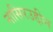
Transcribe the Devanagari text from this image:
नासिरउद्दीन